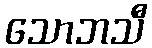
သောဘသီ